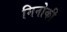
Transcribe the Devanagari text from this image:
मिनोकी